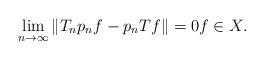
LaTeX: \begin{align*}\lim_{n \to \infty} \|T_n p_n f - p_n T f \| = 0 f \in X.\end{align*}